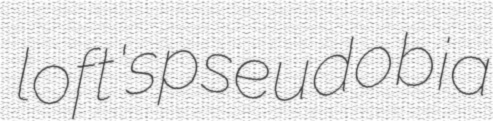
loft's pseudobia